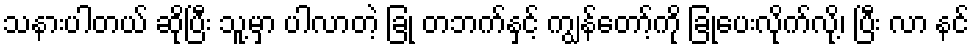
သနားပါတယ် ဆိုပြီး သူ့မှာ ပါလာတဲ့ ခြုံ တဘက်နှင့် ကျွန်တော့်ကို ခြုံပေးလိုက်လို့၊ ပြီး လာ နင်